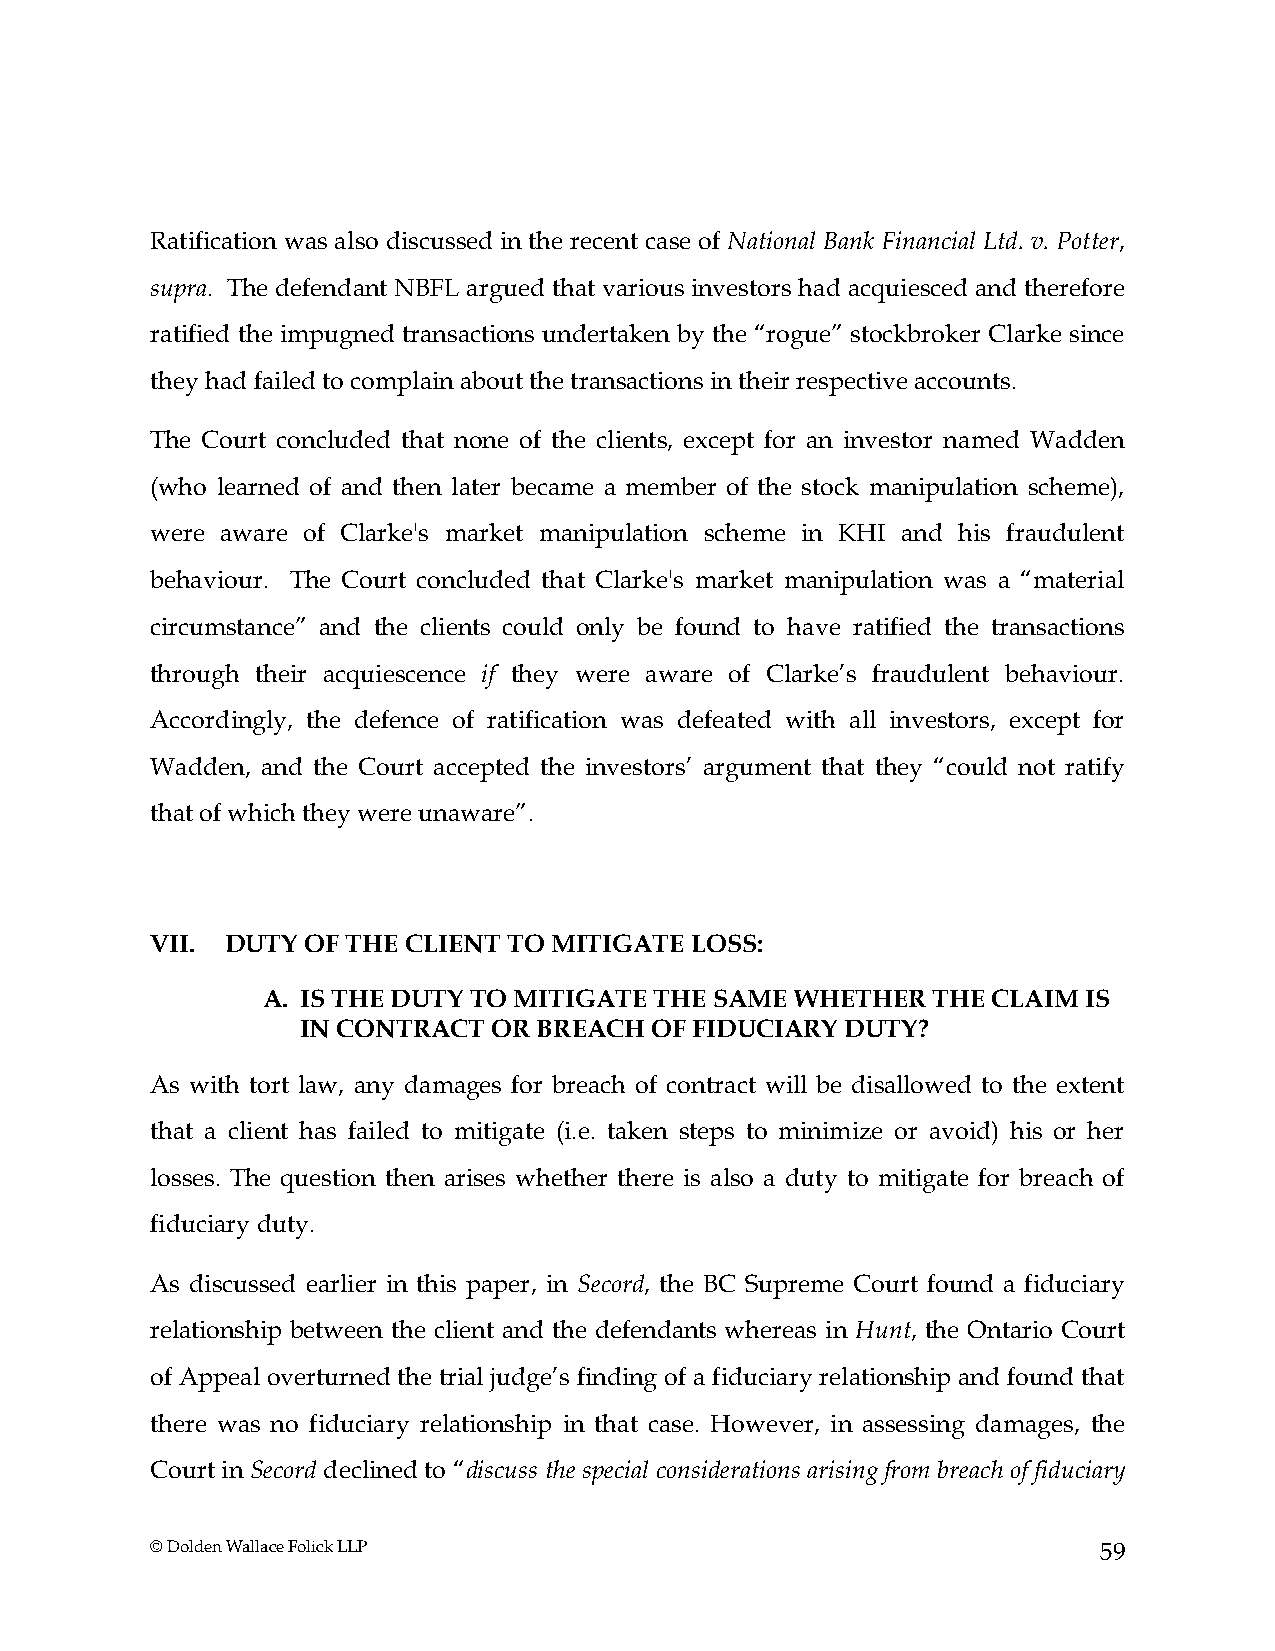
Ratification was also discussed in the recent case of National Bank Financial Ltd. v. Potter,
 supra. The defendant NBFL argued that various investors had acquiesced and therefore
 ratified the impugned transactions undertaken by the “rogue” stockbroker Clarke since
 they had failed to complain about the transactions in their respective accounts.
 The Court concluded that none of the clients, except for an investor named Wadden
 (who learned of and then later became a member of the stock manipulation scheme),
 were aware of Clarke's market manipulation scheme in KHI and his fraudulent
 behaviour. The Court concluded that Clarke's market manipulation was a “material
 circumstance” and the clients could only be found to have ratified the transactions
 through their acquiescence if they were aware of Clarke’s fraudulent behaviour.
 Accordingly, the defence of ratification was defeated with all investors, except for
 Wadden, and the Court accepted the investors’ argument that they “could not ratify
 that of which they were unaware”.
 VII. DUTY OF THE CLIENT TO MITIGATE LOSS:
 A. IS THE DUTY TO MITIGATE THE SAME WHETHER  THE CLAIM IS
 IN CONTRACT  OR BREACH OF FIDUCIARY DUTY?
 As with tort law, any damages for breach of contract will be disallowed to the extent
 that a client has failed to mitigate (i.e. taken steps to minimize or avoid) his or her
 losses. The question then arises whether there is also a duty to mitigate for breach of
 fiduciary duty.
 As discussed earlier in this paper, in Secord, the BC Supreme Court found a fiduciary
 relationship between the client and the defendants whereas in Hunt, the Ontario Court
 of Appeal overturned the trial judge’s finding of a fiduciary relationship and found that
 there was no fiduciary relationship in that case. However, in assessing damages, the
 Court in Secord declined to “discuss the special considerations arising from breach of fiduciary
 © Dolden Wallace Folick LLP                                    59